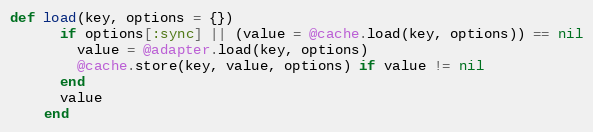
Language: Ruby
def load(key, options = {})
      if options[:sync] || (value = @cache.load(key, options)) == nil
        value = @adapter.load(key, options)
        @cache.store(key, value, options) if value != nil
      end
      value
    end